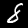
Label: 8